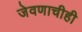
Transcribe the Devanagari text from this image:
जेवणाचीही